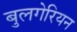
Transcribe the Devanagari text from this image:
बुलगेरियन